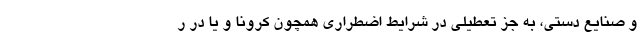
و صنایع دستی، به جز تعطیلی در شرایط اضطراری همچون کرونا و یا در ر